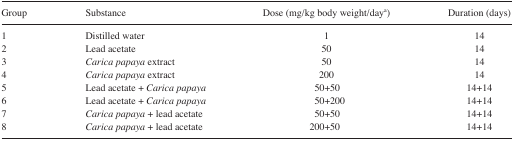
<table><thead><tr><td><b>Group</b></td><td><b>Substance</b></td><td><b>Dose (mg/kg body weight/day<sup>a</sup>)</b></td><td><b>Duration (days)</b></td></tr></thead><tbody><tr><td>1</td><td>Distilled water</td><td>1</td><td>14</td></tr><tr><td>2</td><td>Lead acetate</td><td>50</td><td>14</td></tr><tr><td>3</td><td><i>Carica papaya</i> extract</td><td>50</td><td>14</td></tr><tr><td>4</td><td><i>Carica papaya</i> extract</td><td>200</td><td>14</td></tr><tr><td>5</td><td>Lead acetate + <i>Carica papaya</i></td><td>50+50</td><td>14+14</td></tr><tr><td>6</td><td>Lead acetate + <i>Carica papaya</i></td><td>50+200</td><td>14+14</td></tr><tr><td>7</td><td><i>Carica papaya</i> + lead acetate</td><td>50+50</td><td>14+14</td></tr><tr><td>8</td><td><i>Carica papaya</i> + lead acetate</td><td>200+50</td><td>14+14</td></tr></tbody></table>